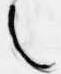
之